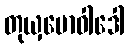
တုယှမောဝါဒေါ